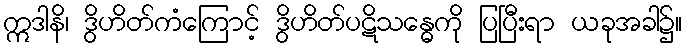
ဣဒါနိ၊ ဒွိဟိတ်ကံကြောင့် ဒွိဟိတ်ပဋိသန္ဓေကို ပြပြီးရာ ယခုအခါ၌။